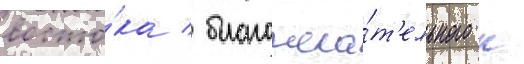
восто́ка / благожела́т'ельного к